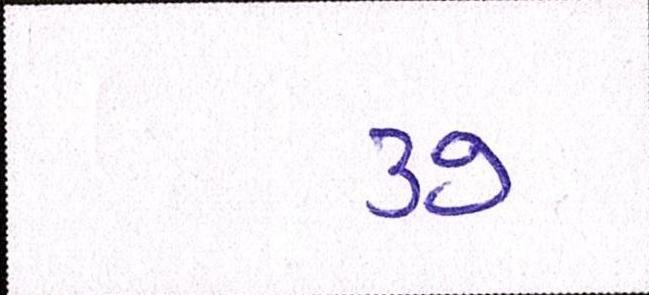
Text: ૩૭